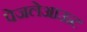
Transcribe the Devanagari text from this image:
पेजलेआऊट